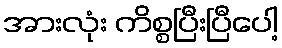
အားလုံး ကိစ္စပြီးပြီပေါ့